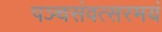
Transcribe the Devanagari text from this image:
पञ्चसंवत्सरमयं